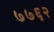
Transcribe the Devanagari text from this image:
७७६२